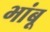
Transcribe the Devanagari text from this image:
भांबू